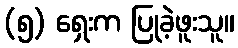
(၅) ရှေးက ပြုခဲ့ဖူးသူ။